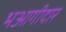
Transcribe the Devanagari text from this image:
भआगीदार